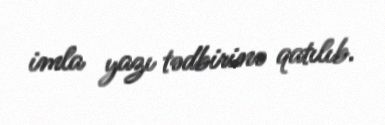
imla yazı tədbirinə qatılıb.